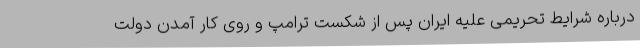
درباره شرایط تحریمی علیه ایران پس از شکست ترامپ و روی کار آمدن دولت